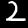
Label: 2